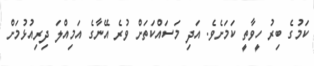
ކަމުގެ ބިރު ހީވާތީ ކަމަށެވެ. އަދި މަސައްކަތަށް ވުރެ އޭނާގެ އަމިއްލަ ދިރިއުޅުމަށް